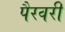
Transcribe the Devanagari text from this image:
पैरवरी